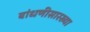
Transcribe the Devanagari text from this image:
बांधणीसारख्या